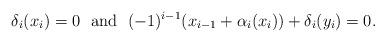
LaTeX: \begin{align*}\delta_i(x_i)=0 \ \mbox{ and } \ (-1)^{i-1}(x_{i-1} + \alpha_i(x_i))+ \delta_i(y_i)=0.\end{align*}